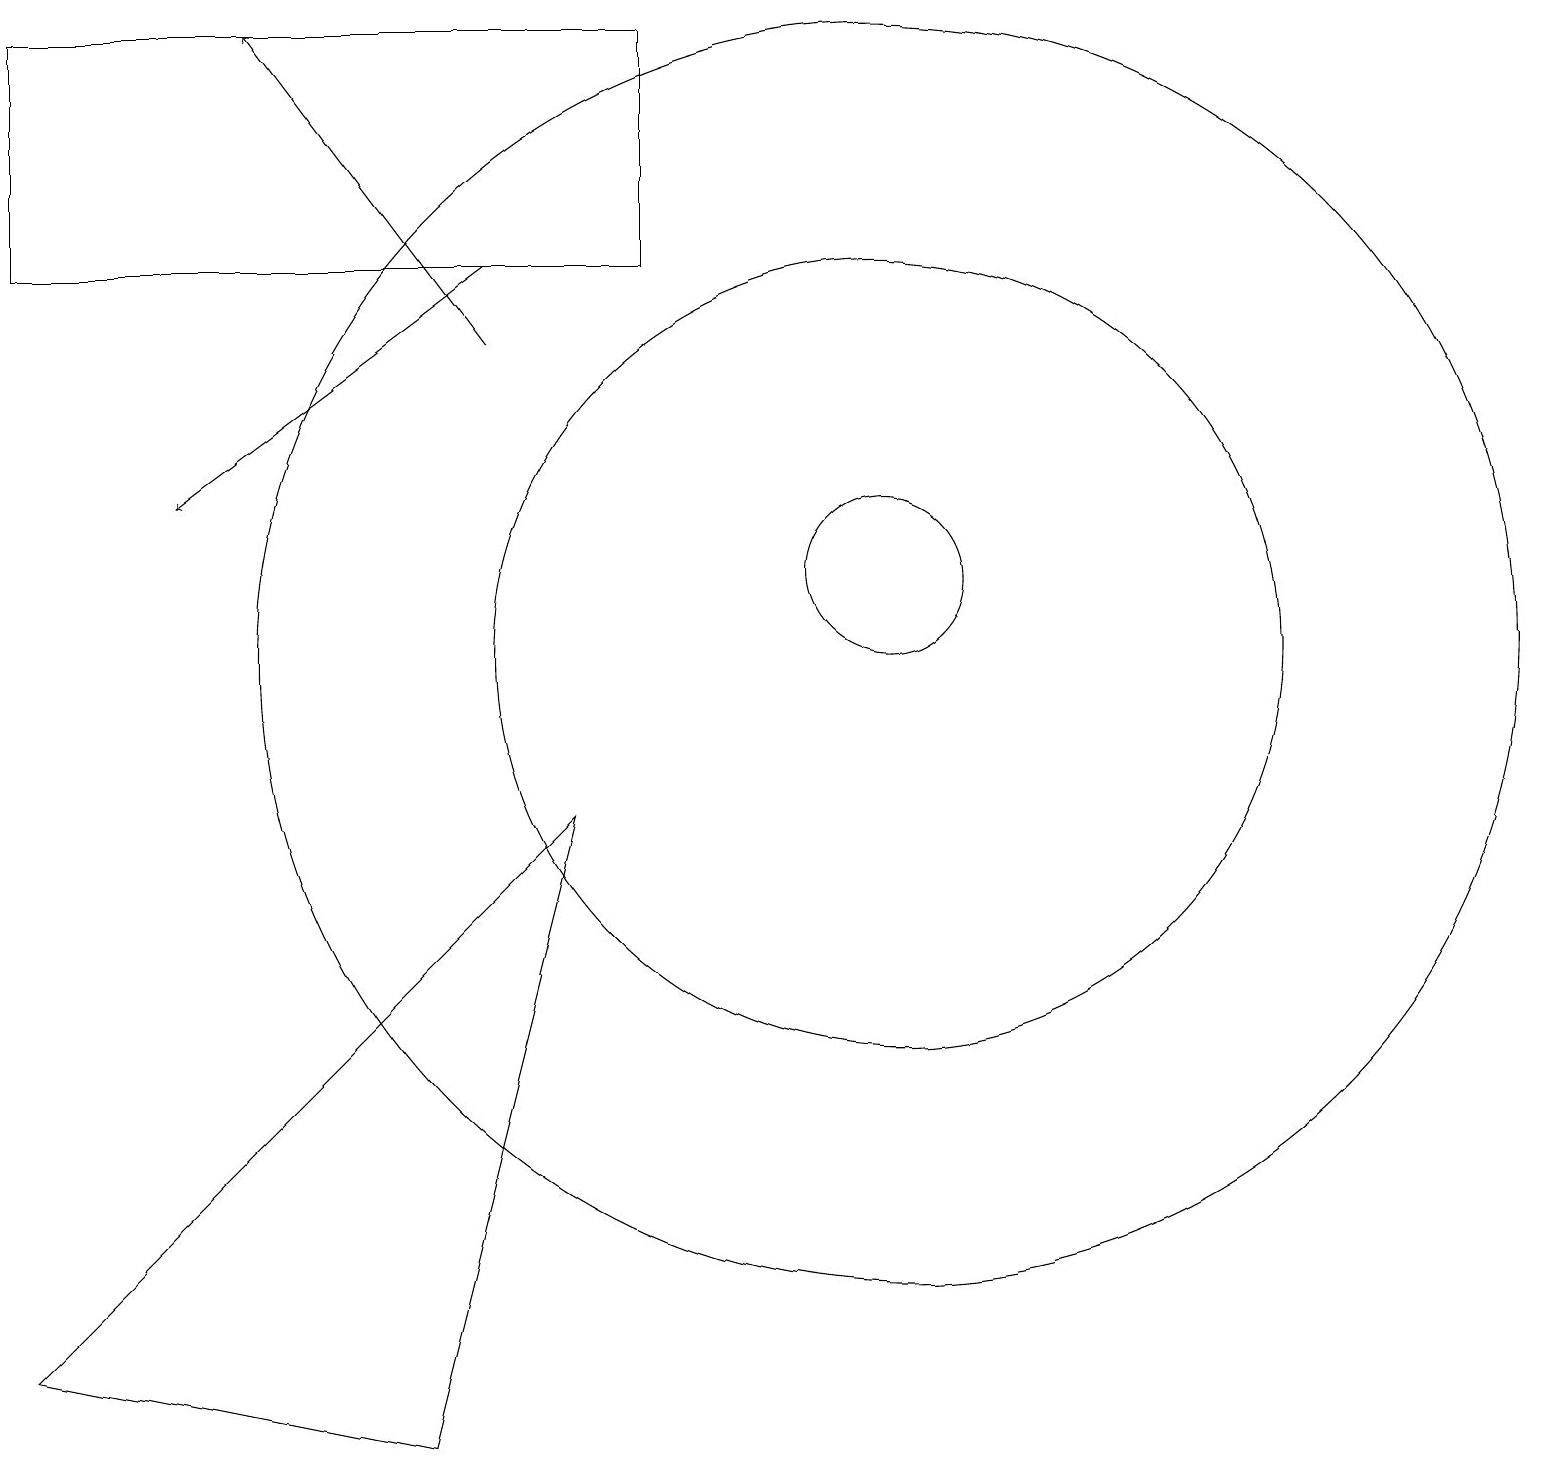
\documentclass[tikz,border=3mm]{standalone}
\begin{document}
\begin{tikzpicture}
\draw (11,11) circle (1);
\draw (11,10) circle (5);
\draw (11,10) circle (8);
\draw[->] (6,14) -- (3,18);
\draw (0,1) -- (7,8) -- (5,0) -- cycle;
\draw[->] (6,15) -- (2,12);
\draw (8,18) rectangle (0,15);
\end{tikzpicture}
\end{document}